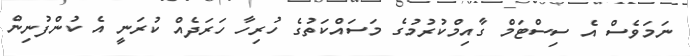
ނަމަވެސް އެ ސިސްޓަމް ގާއިމްކުރުމުގެ މަސައްކަތުގެ ހުރިހާ ހަރަދެއް ކުރަނީ އެ ކުންފުނިން